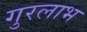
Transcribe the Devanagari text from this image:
गुरलाभ